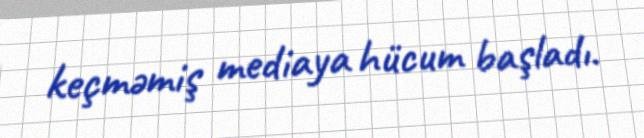
keçməmiş mediaya hücum başladı.